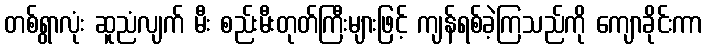
တစ်ရွာလုံး ဆူညံလျက် မီး စည်းမီးတုတ်ကြီးများဖြင့် ကျန်ရစ်ခဲ့ကြသည်ကို ကျောခိုင်းကာ